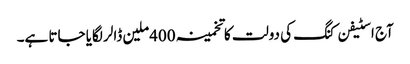
آج اسٹیفن کنگ کی دولت کا تخمینہ 400ملین ڈالر لگایا جاتا ہے۔